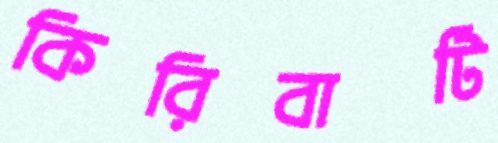
কিরিবাটি